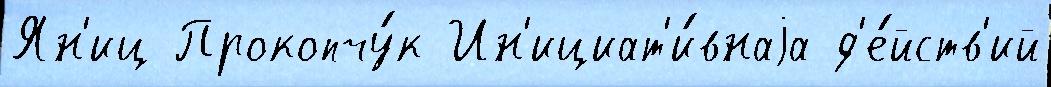
Ян'иц Прокопчу́к Ин'ициат'и́внаjа д'е́йств'ий